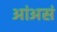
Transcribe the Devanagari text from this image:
आंअसं